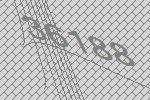
36188